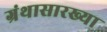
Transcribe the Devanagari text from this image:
ग्रंथासारख्या